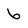
Character: 6